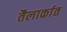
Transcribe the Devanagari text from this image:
तैलार्कात